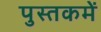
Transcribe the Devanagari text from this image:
पुस्‍तकमें